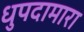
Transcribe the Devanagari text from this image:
धुपदामारा